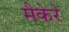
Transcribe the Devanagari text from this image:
मैकेरे